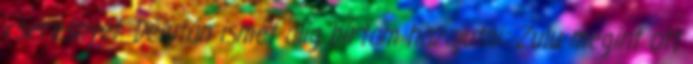
cseresnyét. Délután ismét alig bírtam hazajutni: Zulu megint ott